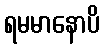
ရမမာနောပိ